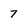
Character: 7